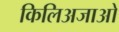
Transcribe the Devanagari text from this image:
किलिअजाओ